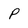
Character: P